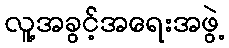
လူ့အခွင့်အရေးအဖွဲ့